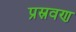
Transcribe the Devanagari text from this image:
प्रस्रवण